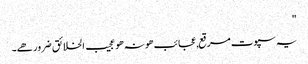
"
یہ سپوت مرقع,عجائب ھو نہ ھو عجیب الخلائق ضرور ھے۔